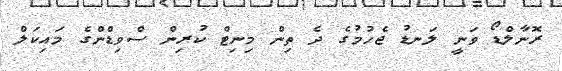
ރޮނާލްޑޯ ވަނީ ލަނޑު ޖެހުމުގެ ދެ ތިން މިނިޓް ކުރިން ސްވިޑްންގެ މައިކަލް